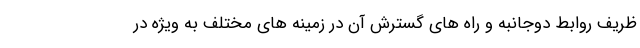
ظریف روابط دوجانبه و راه های گسترش آن در زمینه های مختلف به ویژه در